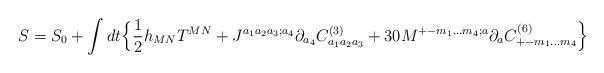
LaTeX: \begin{align*}S=S_0+ \int dt \Big\{ {1\over 2}h_{MN}T^{MN}+J^{a_1 a_2 a_3; a_4}\partial_{a_4}C^{(3)}_{a_1 a_2 a_3} +30M^{+- m_1 \ldots m_4;a}\partial_aC^{(6)}_{+- m_1 \ldots m_4} \Big\}\end{align*}